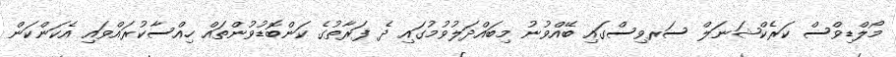
މޯލްޑިވްސް ކަރެކްޝަނަލް ސަރވިސްގައި ބޭއްވުނު މިބައްދަލުވުމުގައި ދެ ފަރާތުގެ ކަންބޮޑުވުންތައް ހިއްސާކުރައްވައި އެކަންކަން